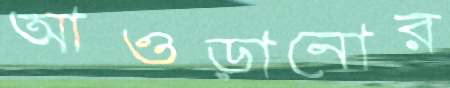
আওড়ানোর